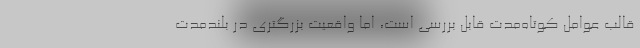
قالب عوامل کوتاه‌مدت قابل بررسی است، اما واقعیت بزرگتری در بلندمدت